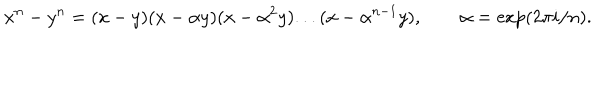
LaTeX: x ^ { n } - y ^ { n } = ( x - y ) ( x - \alpha y ) ( x - \alpha ^ { 2 } y ) . . . ( x - \alpha ^ { n - 1 } y ) , \qquad \alpha = \exp ( 2 \pi i / n ) .